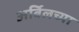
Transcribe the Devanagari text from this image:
अर्बिलच्या